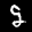
Label: 9